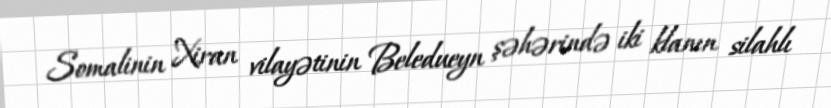
Somalinin Xiran vilayətinin Beledueyn şəhərində iki klanın silahlı